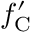
f _ { \mathrm { C } } ^ { \prime }